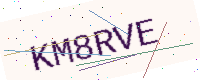
Text: KM8RVE